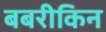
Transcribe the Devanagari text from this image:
बबरीकिन